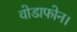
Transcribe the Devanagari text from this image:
वोडाफोन।